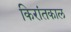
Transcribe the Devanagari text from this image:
किरांतकाल